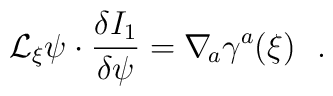
{\cal L}_\xi\psi\cdot{\delta I_1\over\delta\psi}=\nabla_{\! a}\gamma^a(\xi)\ \ .